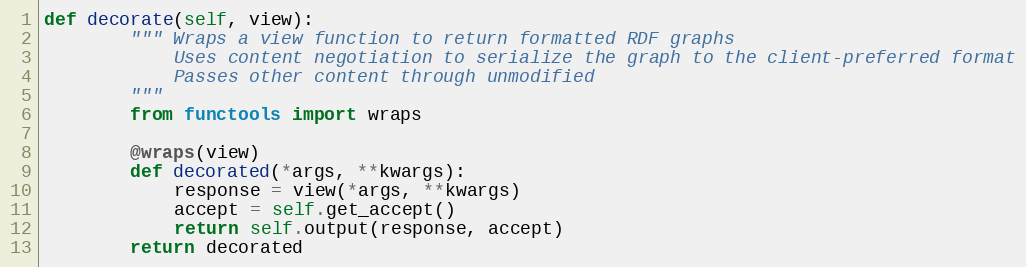
Language: Python
def decorate(self, view):
		""" Wraps a view function to return formatted RDF graphs
		    Uses content negotiation to serialize the graph to the client-preferred format
		    Passes other content through unmodified
		"""
		from functools import wraps

		@wraps(view)
		def decorated(*args, **kwargs):
			response = view(*args, **kwargs)
			accept = self.get_accept()
			return self.output(response, accept)
		return decorated